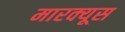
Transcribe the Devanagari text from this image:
मारक्यूस